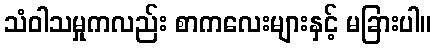
သံဝါသမှုကလည်း စာကလေးများနှင့် မခြားပါ။